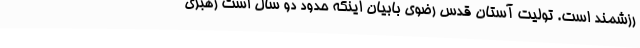
رزشمند است. تولیت آستان قدس رضوی بابیان اینکه حدود دو سال است رهبری